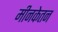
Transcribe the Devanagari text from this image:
मीनकेतन